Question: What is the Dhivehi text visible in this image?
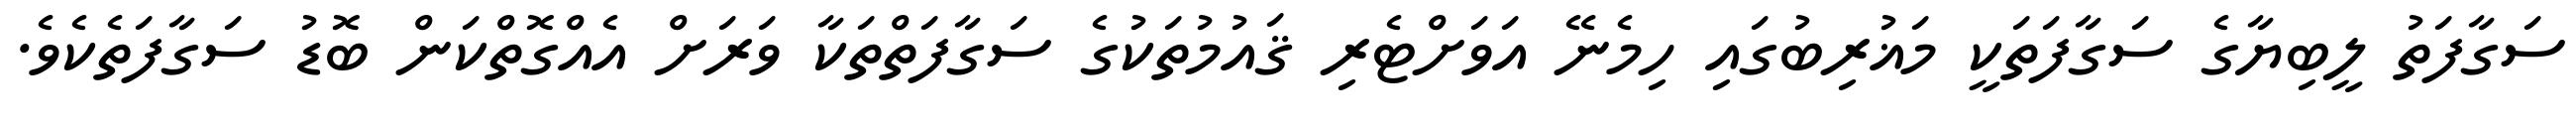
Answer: ސަގާފަތު ލީބިޔާގެ ސަގާފަތަކީ މަޣުރިބުގައި ހިމެނޭ އަވަށްޓެރި ޤައުމުތަކުގެ ސަގާފަތްތަކާ ވަރަށް އެއްގޮތްކަން ބޮޑު ސަގާފަތެކެވެ.